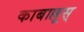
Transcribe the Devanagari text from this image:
काबाल्लूस्